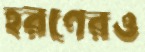
হরণেরও